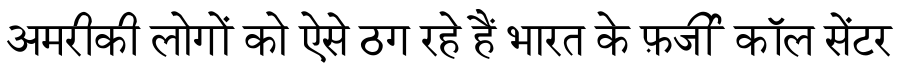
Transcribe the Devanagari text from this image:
अमरीकी लोगों को ऐसे ठग रहे हैं भारत के फ़र्जी कॉल सेंटर